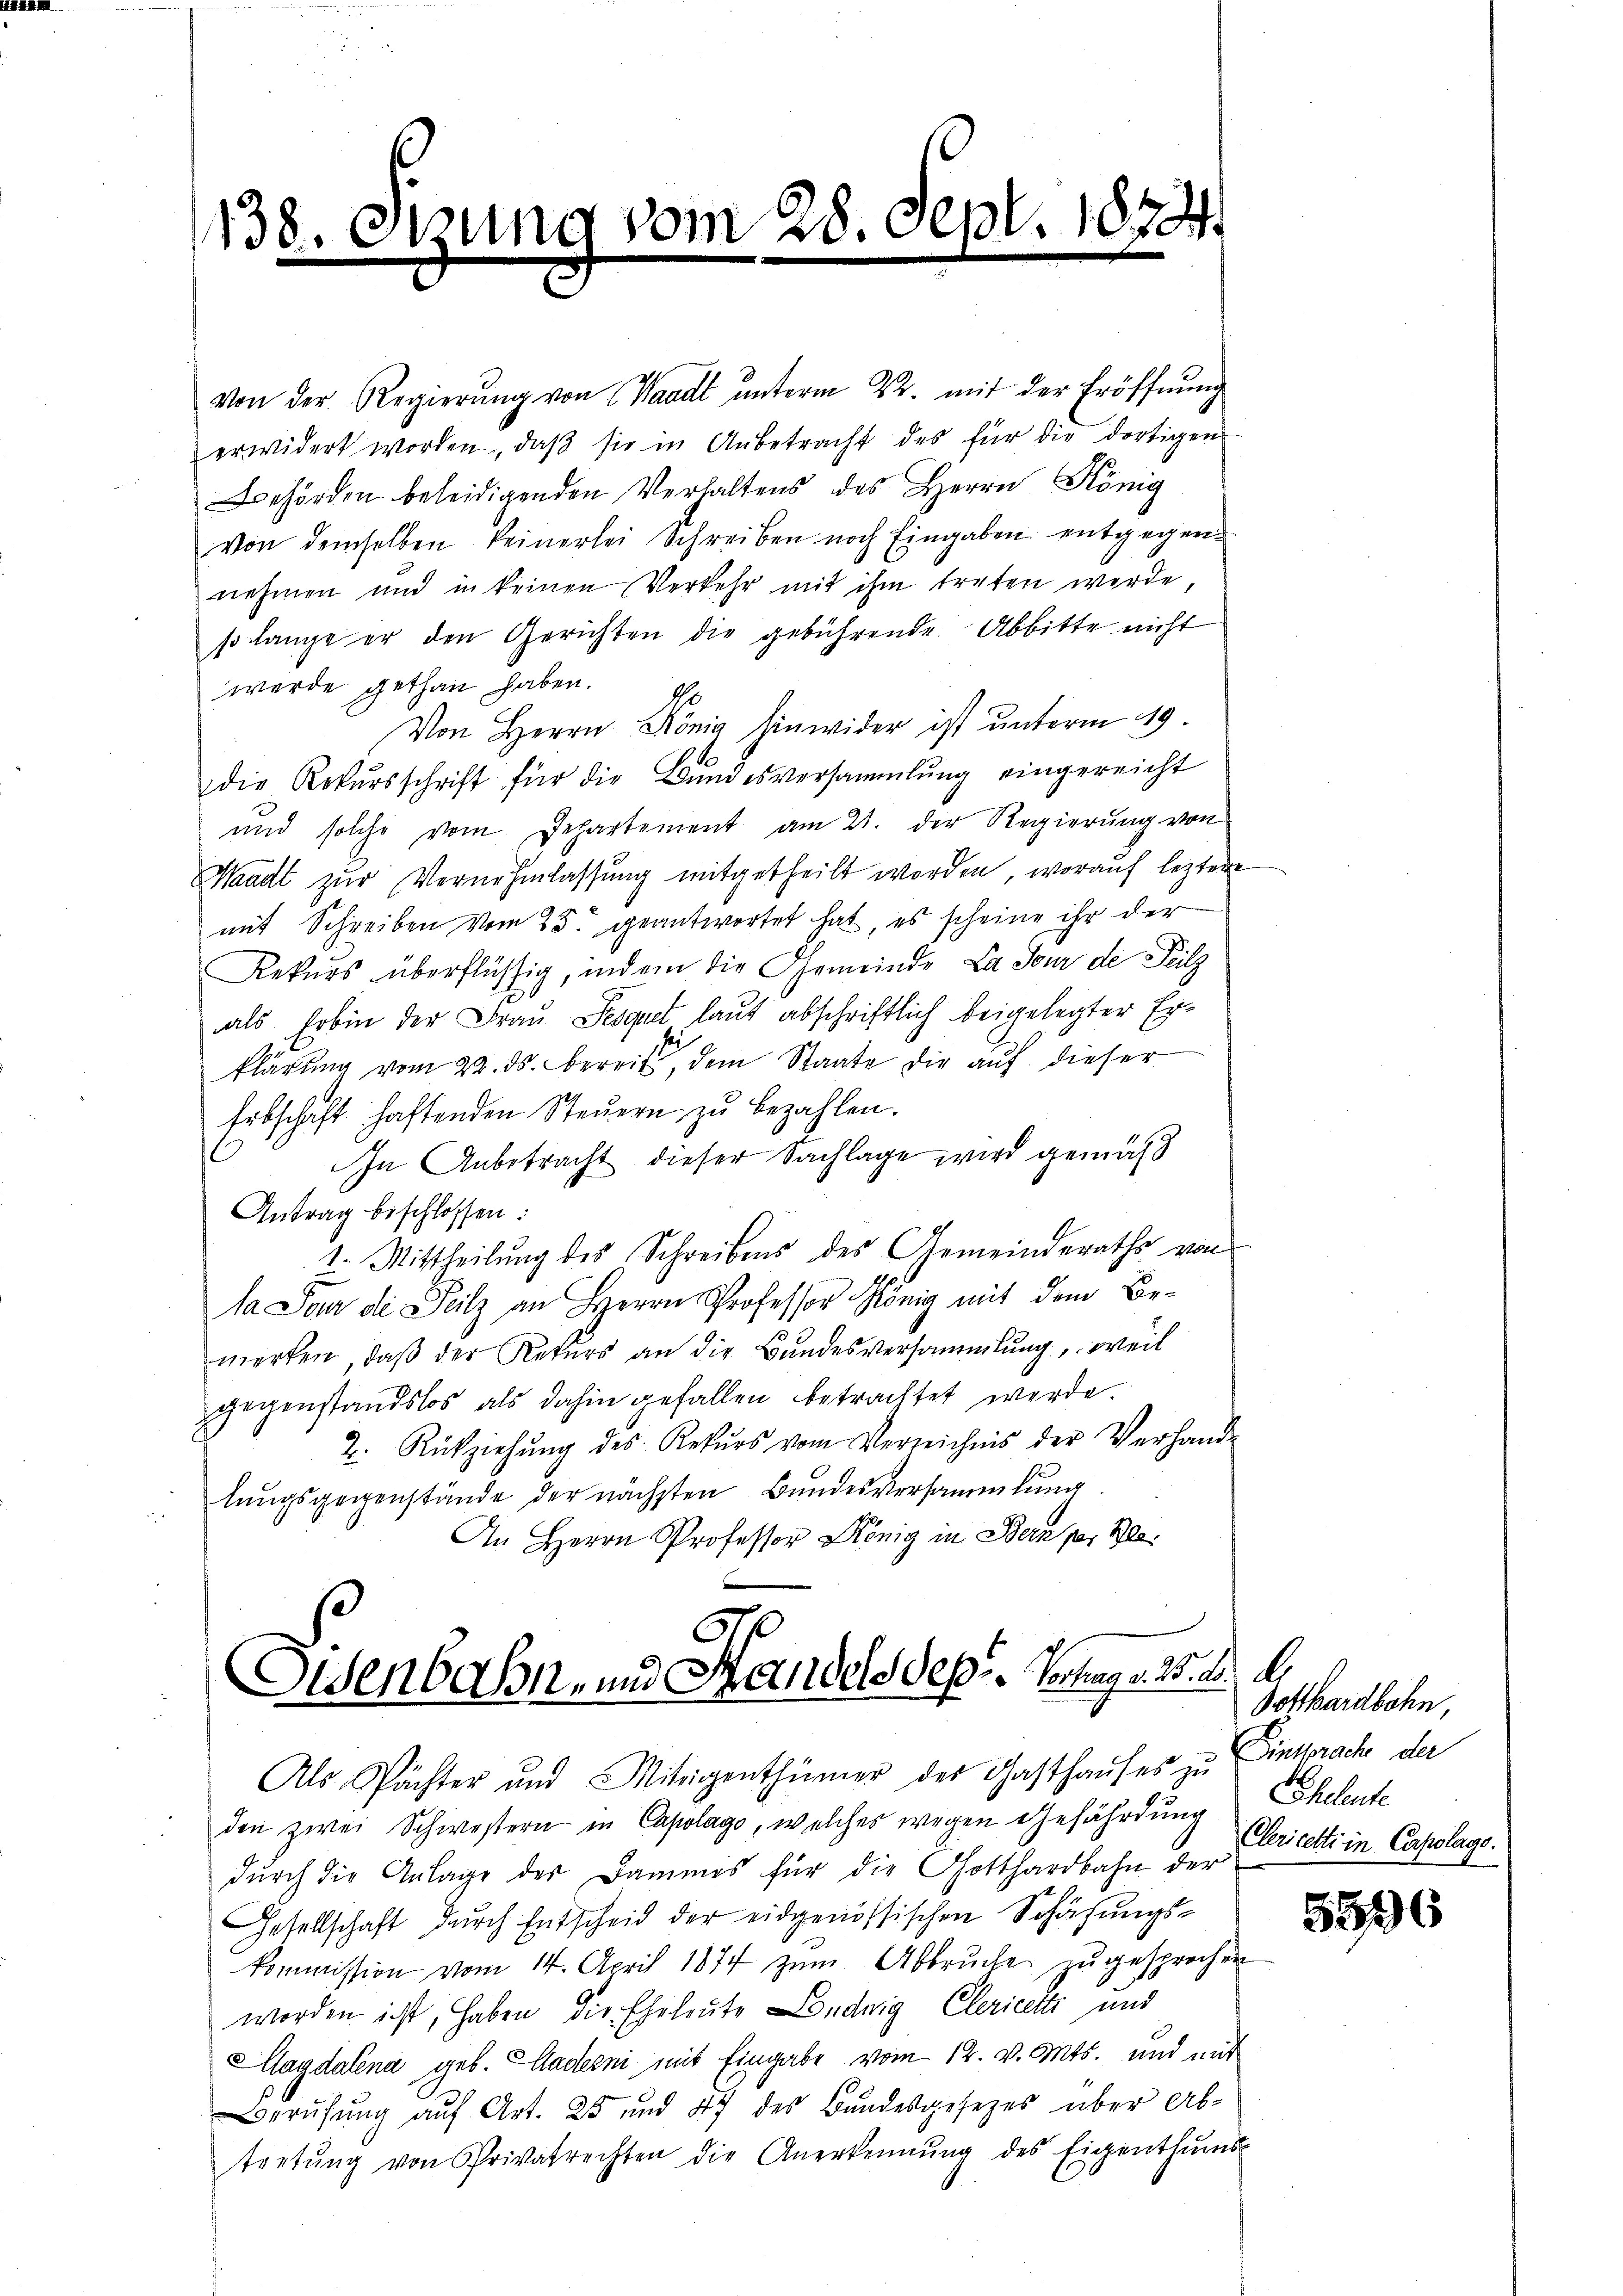
1138. Otzung vom 28. Sept. 1874.
.
f
e
e

von der Regierung von Waadt unterm 22. mit der Eröffnung
erwidert worden, daβ sie in Anbetracht des für die dortigen
Behörden beleidigenden Verhaltens des Herrn König
von demselben keinerlei Schreiben noch Eingaben entgegen-
nehmen und in keinen Verkehr mit ihm treten werde
so lange er den Gerichten die gebührende Abbitte nicht
werde gethan haben. Es
Von Herrn. König hinwider ist unterm 19.
die Rekŭrsschrift für die Bŭndesversammlung eingereicht
und solche vom Departement am 21. der Regierung von
Waadt zur Vernehmlassung mitgetheilt worden, worauf leztere
mit Schreiben vom 25. geantwortet hat, es scheine ihr der
Rekurs überflüssig, indem die Gemeinde La Jour de Teilz
als Erbin der Frau Sesquel laut abschriftlich beigelegter Erklärung vom 22. ds. bereits, dem Staate die auf dieser
Erbschaft haftenden Steuern zu bezahlen.
In Anbetracht dieser Sachlage wird gemäß
Antrag beschlossen:
I. Mittheilung des Schreibens des Gemeinderaths von
Sa Pour die Teilz an Herrn Professor König mit dem Be-
werken, daß der Rekurs an die Bundesversammlung, weil
gegenstandslos als dahin gefallen betrachtet werde.
2. Rückziehŭng des Rekŭrs vom Verzeichnis der Verhand-
lungsgegenstände der nächsten Bundesversammlung
An Herrn Professor König in Bern per le

Osenbahn- und Handels des Vortrag v. 25. d. d.
Als Spächter und Miteigenthümer der Gasthaŭses zu

den zwei Schwestern in Capolago, welches wegen Gefährdung Eheleute
durch die Anlage der Dammes für die Gotthardbahn der
Gesellschaft durch Entscheid der eidgenössischen Schafungskommission vom 14. April 1874 zŭm Abbrŭche zŭgesprochen
worden ist, haben, die Eheleute Ludwig Clerietti und
Magdalena geb. Gadesni mit Eingabe vom 12. v. Mts. und mit
Berufung auf Art. 25 und 47 des Bundesgesetzes über Abtretŭng von Privatrechten die Anerkennung des Eigenthŭms-

Potthardbahn,
Eintrach der
Clericetti in Capslage.

556